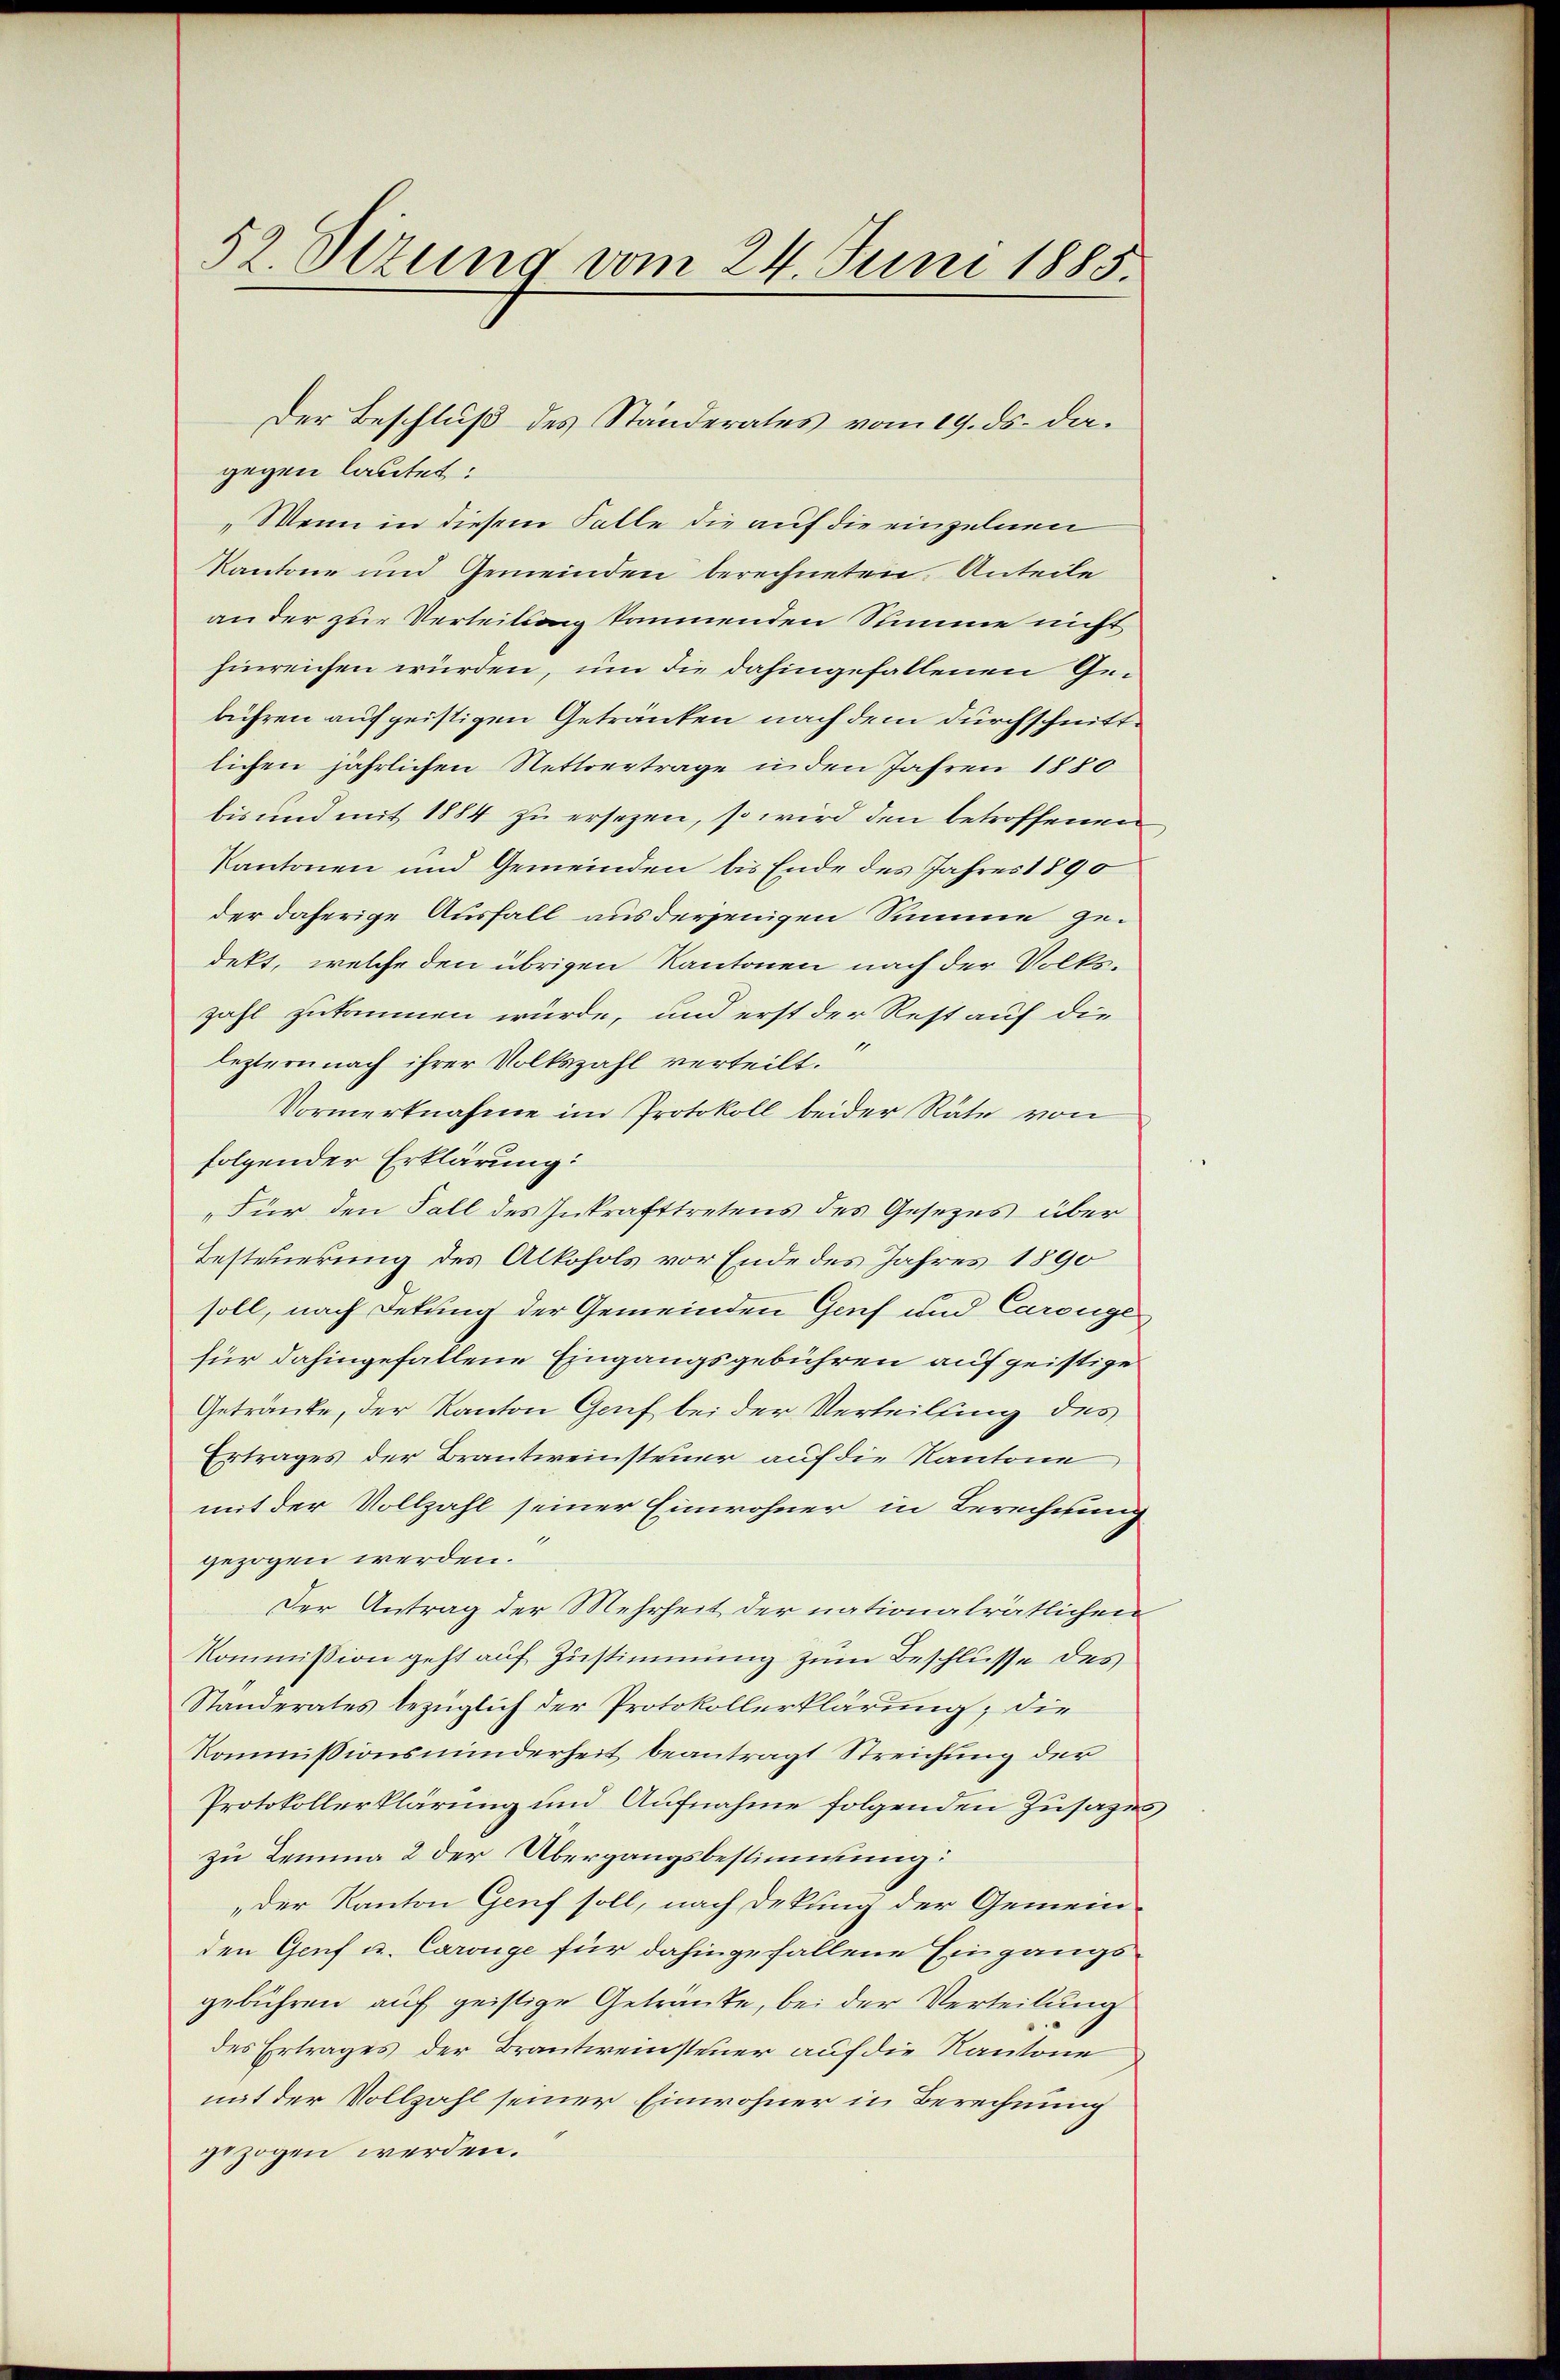
52. Dezung vom 24. Juni 1885.

„Wenn in diesem Falle die auf die einzelnen
Kantone und Gemeinden berechneten Anteile
an der zur Verteilung kommenden Summe nicht
hinreichen würden, um die dahingefallenen Gebühren auf geistigen Getränken nach dem durchschnittlichen jährlichen Nettvertrage in den Jahren 1880
bis und mit 1884 zu ersezen, so wird den betroffenen
Kantonen und Gemeinden bis Ende des Jahres 1890
der daherige Ausfall aus derjenigen Summe gedekt, welche den übrigen Kantonen nach der Volkszahl zukommen würde, und erst der Rest auf die
leztern nach ihrer Volkszahl verteilt.“
Vormerknahme im Protokoll beider Räte von
folgender Erklärung:
„Für den Fall des Inkrafttretens des Gesezes über
Besteherung des Alkohols vor Ende des Jahres 1890
soll, nach Dekung der Gemeinden Genf und Carouge
für dahingefallene Eingangsgebühren auf geistige
Getränke, der Kanton Gruf bei der Verteilung des
Ertrages der Brautweinsteuer auf die Kantone
mit der Vollzahl seiner Einwohner in Berechnung
gezogen werden.
Der Antrag der Mehrheit der nationalrätlichen
Kommission geht auf Zustimmung zum Beschlüsse des
Standerates bezüglich der Protokollerklärung; die
Kommissionsminderheit beantragt Streichung der
Protokollerklärung und Aufnahme folgenden Zusages
zu Lemma 2 der Übergangsbestimmung:
„der Kanton Genf soll, nach Dekung der Gemein-
den Genf u. Carouge für dahingefallene Eingangsgebühren auf geistige Getränke, bei der Verteilung
des Ertrages der Brautweinsteuer auf die Kantone
mit der Vollzahl seiner Einwohner in Berechnung
gezogen werden.

Der Beschluß des Ständerates vom 19. ds. dagegen lautet: